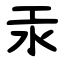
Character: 汞